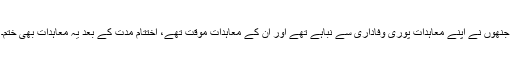
جنھوں نے اپنے معاہدات پوری وفاداری سے نباہے تھے اور ان کے معاہدات موقّت تھے، اختتام مدت کے بعد یہ معاہدات بھی ختم۔